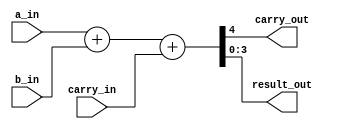
`timescale 1ns / 1ps
//////////////////////////////////////////////////////////////////////////////////
// Company: 
// Engineer: 
// 
// Design Name: 
// Module Name: adder_4bit
// Project Name: 
// Target Devices: 
// Tool Versions: 
// Description: 
// 
// Dependencies: 
// 
// Revision:
// Revision 0.01 - File Created
// Additional Comments:
// 
//////////////////////////////////////////////////////////////////////////////////


module adder_4bit #(parameter DATA_SIZE =4)(
                    input [DATA_SIZE-1:0] a_in,
                    input [DATA_SIZE-1:0] b_in,
                    input  carry_in,
                    output carry_out,
                    output [DATA_SIZE-1:0] result_out
    );
    
    assign {carry_out, result_out} = a_in + b_in + carry_in ;

endmodule